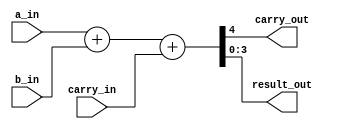
`timescale 1ns / 1ps
//////////////////////////////////////////////////////////////////////////////////
// Company: 
// Engineer: 
// 
// Design Name: 
// Module Name: adder_4bit
// Project Name: 
// Target Devices: 
// Tool Versions: 
// Description: 
// 
// Dependencies: 
// 
// Revision:
// Revision 0.01 - File Created
// Additional Comments:
// 
//////////////////////////////////////////////////////////////////////////////////


module adder_4bit #(parameter DATA_SIZE =4)(
                    input [DATA_SIZE-1:0] a_in,
                    input [DATA_SIZE-1:0] b_in,
                    input  carry_in,
                    output carry_out,
                    output [DATA_SIZE-1:0] result_out
    );
    
    assign {carry_out, result_out} = a_in + b_in + carry_in ;

endmodule